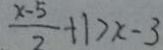
\frac { x - 5 } { 2 } + 1 > x - 3